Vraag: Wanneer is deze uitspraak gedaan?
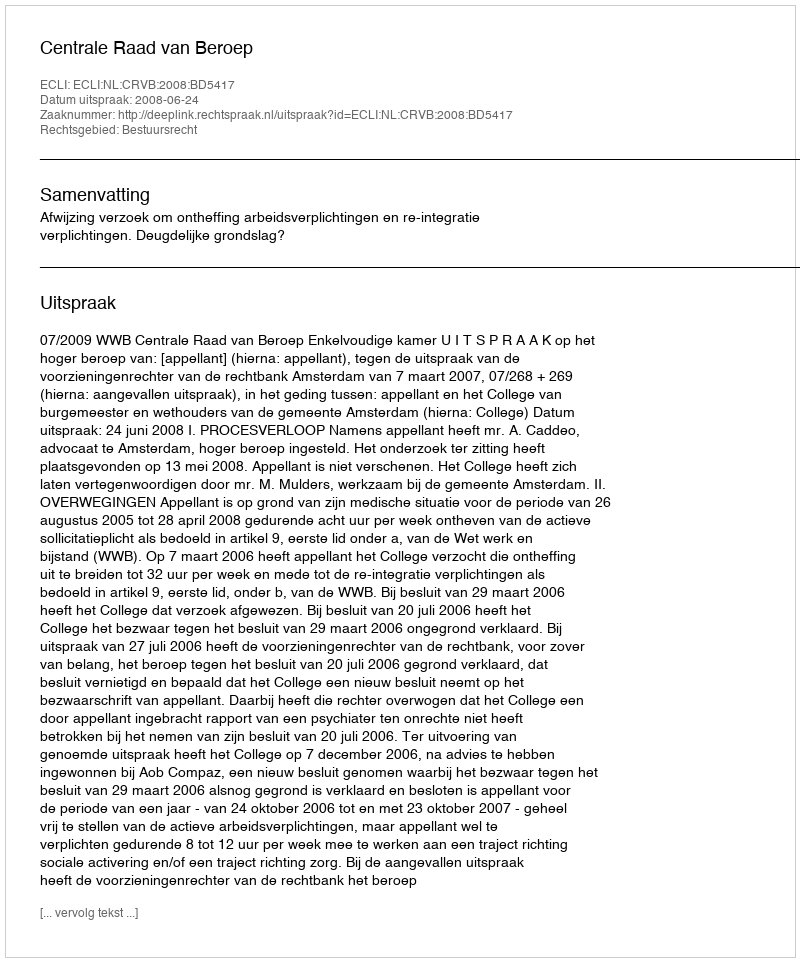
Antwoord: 2008-06-24